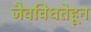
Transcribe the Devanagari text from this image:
जैवविधतेहून